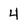
Character: 4